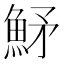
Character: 𩶒